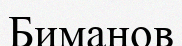
Биманов